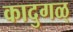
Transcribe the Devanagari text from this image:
कादुगळ्